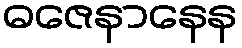
ဓဇေနာနေန